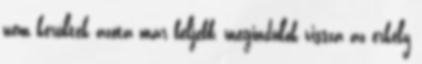
nem kerültek azóta már beljebb, megindulok vissza az erkély